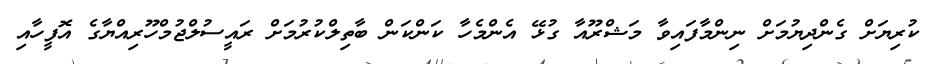
ކުރިޔަށް ގެންދިޔުމަށް ނިންމާފައިވާ މަޝްރޫއާ ގުޅޭ އެންމެހާ ކަންކަން ބާތިލްކުރުމަށް ރައީސުލްޖުމްހޫރިއްޔާގެ އޮފީހާއި